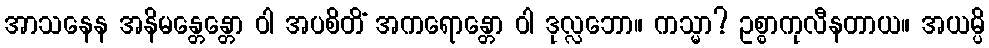
အာသနေန အနိမန္တေန္တော ဝါ အပစိတိံ အကရောန္တော ဝါ ဒုလ္လဘော။ ကသ္မာ? ဥစ္စာကုလီနတာယ။ အယမ္ပိ